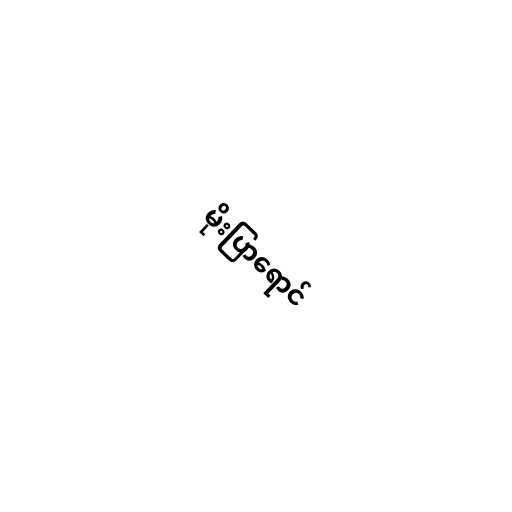
မိုးပြာရောင်